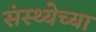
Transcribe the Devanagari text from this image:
संस्थ्येच्या